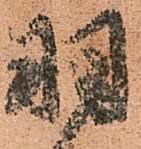
羽